Indian journal of veterinary science and animal husbandry - Volumes 18-21, 1948-1951
Year: 1948
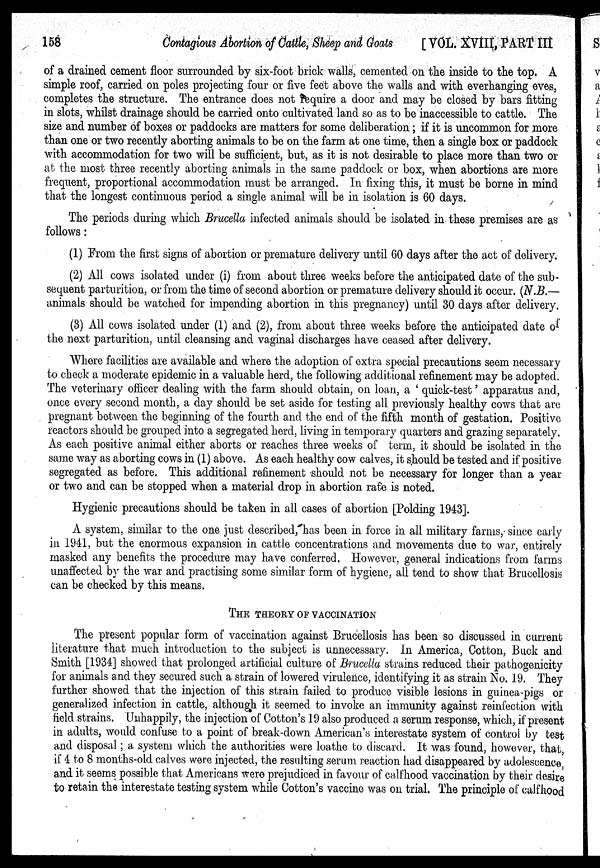
158
Contagious Abortion of Cattle, Sheep and Goats
[VOL. XVIII, PART III
of a drained cement floor surrounded by six-foot brick walls, cemented on the inside to the top. A
simple roof, carried on poles projecting four or five feet above the walls and with everhanging eves,
completes the structure. The entrance does not require a door and may be closed by bars fitting
in slots, whilst drainage should be carried onto cultivated land so as to be inaccessible to cattle. The
size and number of boxes or paddocks are matters for some deliberation; if it is uncommon for more
than one or two recently aborting animals to be on the farm at one time, then a single box or paddock
with accommodation for two will be sufficient, but, as it is not desirable to place more than two or
at the most three recently aborting animals in the same paddock or box, when abortions are more
frequent, proportional accommodation must be arranged. In fixing this, it must be borne in mind
that the longest continuous period a single animal will be in isolation is 60 days.
The periods during which Brucella infected animals should be isolated in these premises are as
follows:
(1) From the first signs of abortion or premature delivery until 60 days after the act of delivery.
(2) All cows isolated under (i) from about three weeks before the anticipated date of the sub-
sequent parturition, or from the time of second abortion or premature delivery should it occur. (N.B.—
animals should be watched for impending abortion in this pregnancy) until 30 days after delivery.
(3) All cows isolated under (1) and (2), from about three weeks before the anticipated date of
the next parturition, until cleansing and vaginal discharges have ceased after delivery.
Where facilities are available and where the adoption of extra special precautions seem necessary
to check a moderate epidemic in a valuable herd, the following additional refinement may be adopted.
The veterinary officer dealing with the farm should obtain, on loan, a ' quick-test' apparatus and,
once every second month, a day should be set aside for testing all previously healthy cows that are
pregnant between the beginning of the fourth and the end of the fifth month of gestation. Positive
reactors should be grouped into a segregated herd, living in temporary quarters and grazing separately.
As each positive animal either aborts or reaches three weeks of term, it should be isolated in the
same way as aborting cows in (1) above. As each healthy cow calves, it should be tested and if positive
segregated as before. This additional refinement should not be necessary for longer than a year
or two and can be stopped when a material drop in abortion rate is noted.
Hygienic precautions should be taken in all cases of abortion [Polding 1943].
A system, similar to the one just described, has been in force in all military farms, since early
in 1941. but the enormous expansion in cattle concentrations and movements due to war, entirely
masked any benefits the procedure may have conferred. However, general indications from farms
unaffected by the war and practising some similar form of hygiene, all tend to show that Brucellosis
can be checked by this means.
THE THEORY OF VACCINATION
The present popular form of vaccination against Brucellosis has been so discussed in current
literature that much introduction to the subject is unnecessary. In America, Cotton, Buck and
Smith [1934] showed that prolonged artificial culture of Brucella strains reduced their pathogenicity
for animals and they secured such a strain of lowered virulence, identifying it as strain No. 19. They
further showed that the injection of this strain failed to produce visible lesions in guinea-pigs or
generalized infection in cattle, although it seemed to invoke an immunity against reinfection with
field strains. Unhappily, the injection of Cotton's 19 also produced a serum response, which, if present
in adults, would confuse to a point of break-down American's interestate system of control by test
and disposal ; a system which the authorities were loathe to discard. It was found, however, that,
if 4 to 8 months-old calves were injected, the resulting serum reaction had disappeared by adolescence,
and it seems possible that Americans were prejudiced in favour of calfhood vaccination by their desire
to retain the interestate testing system while Cotton's vaccine was on trial. The principle of calfhood